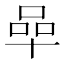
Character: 𠵀